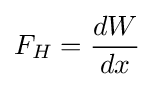
F_{H}={\frac {dW}{dx}}